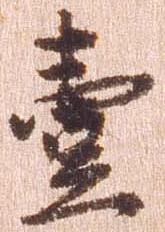
壱